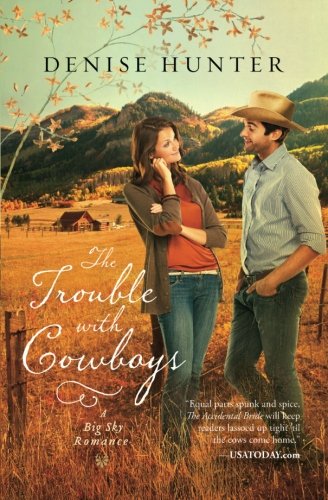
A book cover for The Trouble with Cowboys (A Big Sky Romance); Denise Hunter; Literature & Fiction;